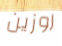
روزين